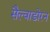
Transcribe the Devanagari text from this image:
सैल्वाडोरन